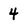
Character: 4